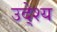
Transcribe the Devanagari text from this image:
उदे्श्य